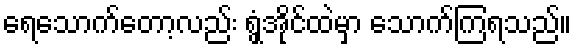
ရေသောက်တော့လည်း ရွှံ့အိုင်ထဲမှာ သောက်ကြရသည်။